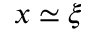
x \simeq \xi